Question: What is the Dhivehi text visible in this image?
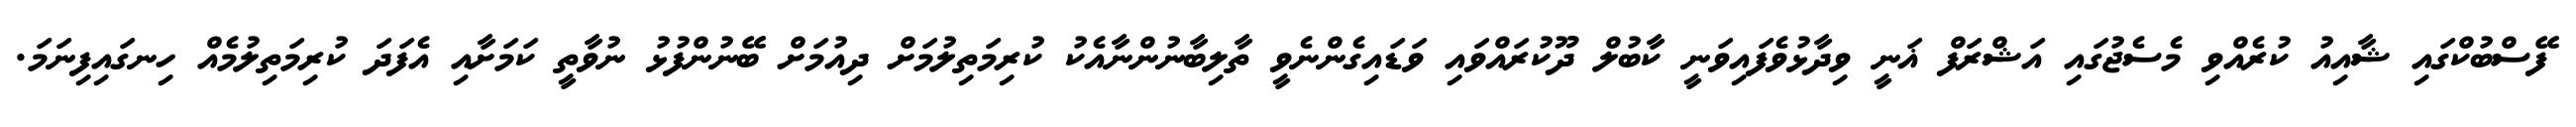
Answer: ފޭސްބުކްގައި ޝާއިއު ކުރެއްވި މެސެޖުގައި އަޝްރަފް ޣަނީ ވިދާޅުވެފައިވަނީ ކާބުލް ދޫކުރައްވައި ވަޑައިގެންނެވީ ތާލިބާނުންނާއެކު ކުރިމަތިލުމަށް ދިއުމަށް ބޭނުންފުޅު ނުވާތީ ކަމަށާއި އެފަދަ ކުރިމަތިލުމެއް ހިނގައިފިނަމަ.